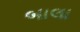
બાલા